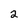
Character: 2